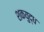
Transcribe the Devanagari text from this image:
शकयुद्ध